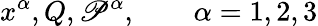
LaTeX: x^{\alpha},Q,\mathscr{P}^{\alpha},\qquad\alpha=1,2,3